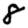
Digit: 8